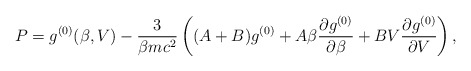
\begin{align*}P=g^{(0)}(\beta,V)-\frac3{\beta mc^2}\left((A+B)g^{(0)}+A\beta\frac{\partial g^{(0)}}{\partial \beta}+BV\frac {\partial g^{(0)}}{\partial V}\right),\end{align*}